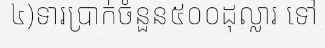
៤)ទារប្រាក់ចំនួន៥០០ដុល្លារ ទៅ